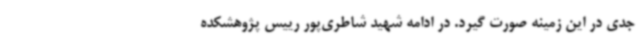
جدی در این زمینه صورت گیرد. در ادامه شهید شاطری‌پور رییس پژوهشکده